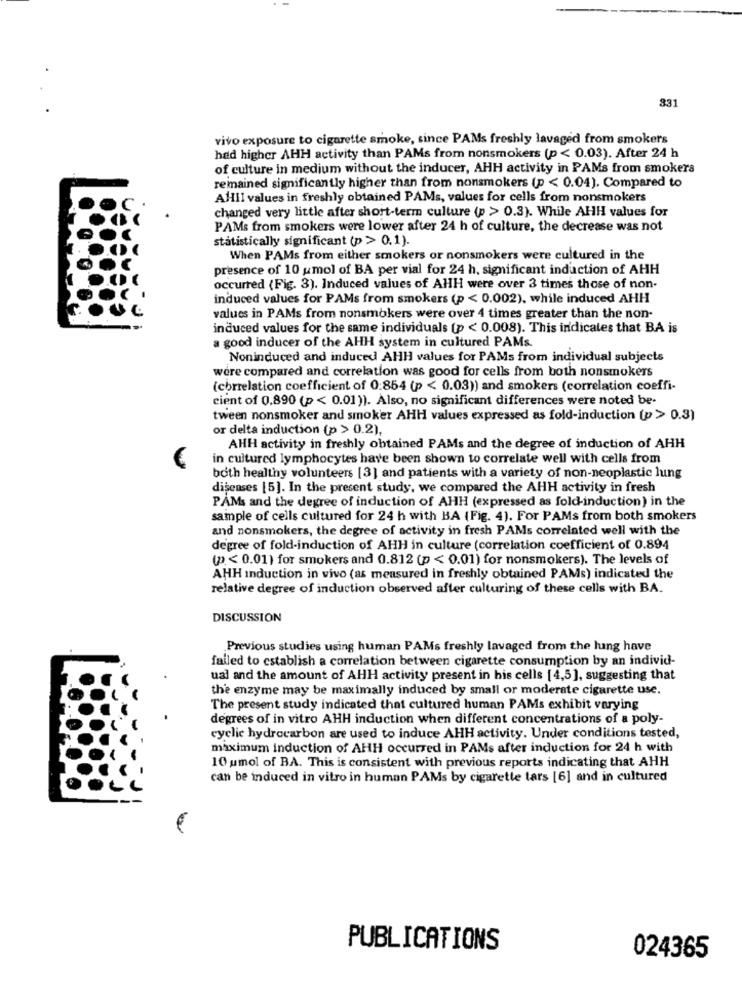
331
vivo exposure to cigarette smoke, since PAMs freshly lavaged from smokers
had higher AHH activity than PAMs from nonsmokers (p < 0.03). After 24 h
of culture in medium without the inducer, AHH activity in PAMs from smokers
remained significantly higher than from nonsmokers (p < 0.04). Compared to
AHll values in freshly obtained PAMs, values for cells from nonsmokers
changed very little after short-term culture (p > 0.3). While AHH values for
PAMs from smokers were lower after 24 h of culture, the decrease was not
statistically significant (p > 0.1).
When PAMs from either smokers or nonsmokers were cultured in the
presence of 10 umol of BA per vial for 24 h. significant induction of AHH
occurred (Fig. 3). Induced values of AHH were over 3 times those of non-
induced values for PAMs from smokers (p < 0.002), while induced AHH
values in PAMs from nonsmokers were over 4 times greater than the non-
induced values for the same individuals (p < 0.008). This indicates that BA is
a good inducer of the AHH system in cultured PAMs.
Noninduced and induced AHH values for PAMs from individual subjects
were compared and correlation was good for cells from both nonsmokers
(correlation coefficient of 0:854 (p < 0.03)) and smokers (correlation coeffi-
cient of 0.890 (p < 0.01)). Also, no significant differences were noted be-
tween nonsmoker and smoker AHH values expressed as fold-induction (p > 0.3)
or delta induction (p > 0.2),
AHH activity in freshly obtained PAMs and the degree of induction of AHH
in cultured lymphocytes have been shown to correlate well with cells from
both healthy volunteers [3] and patients with a variety of non-neoplastic lung
diseases [5]. In the present study, we compared the AHH activity in fresh
PAMs and the degree of induction of AHH (expressed as fold-induction) in the
sample of cells cultured for 24 h with BA (Fig. 4). For PAMs from both smokers
and nonsmokers, the degree of activity in fresh PAMs correlated well with the
degree of fold-induction of AHH in culture (correlation coefficient of 0.894
(p < 0.01) for smokers and 0.812 (p < 0.01) for nonsmokers). The levels of
AHH Induction in vivo (as measured in freshly obtained PAMs) indicated the
relative degree of induction observed after culturing of these cells with BA.
DISCUSSION
Previous studies using human PAMs freshly lavaged from the lung have
failed to establish a correlation between cigarette consumption by an individ-
ual and the amount of AHH activity present in his cells [4,5], suggesting that
the enzyme may be maximally induced by small or moderate cigarette use.
The present study indicated that cultured human PAMs exhibit varying
degrees of in vitro AHH induction when different concentrations of a poly-
cyclic hydrocarbon are used to induce AHH activity. Under conditions tested,
maximum induction of AHH occurred in PAMs after induction for 24 h with
10 umol of BA. This is consistent with previous reports indicating that AHH
can be induced in vitro in human PAMs by cigarette tars [6] and in cultured
PUBLICATIONS
024365